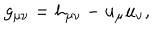
g _ { \mu \nu } = h _ { \mu \nu } - u _ { \mu } u _ { \nu } ,